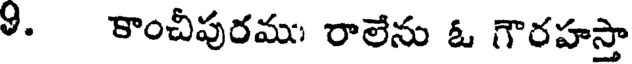
9. కాంచీపురము రాలేను ఓ గౌరహస్తా